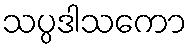
သပ္ပဒါသကော